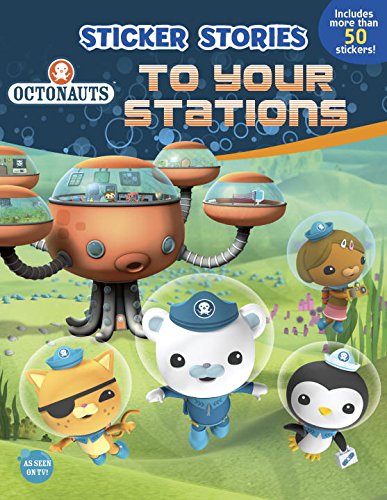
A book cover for Octonauts to Your Stations (Sticker Stories); Grosset & Dunlap; Children's Books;